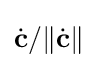
{\dot {\mathbf {c} }}/\|{\dot {\mathbf {c} }}\|